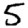
Digit: 5